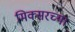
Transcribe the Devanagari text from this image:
मिक्सरच्या